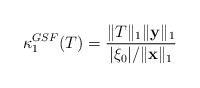
\begin{align*}\kappa_1^{GSF}(T)=\frac{\|T\|_1\|{\bf y}\|_1}{|\xi_{0}|/\|{\bf x}\|_1}\end{align*}